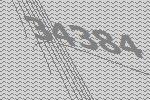
34384